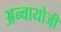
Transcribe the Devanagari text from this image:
अन्वायोजी